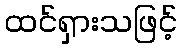
ထင်ရှားသဖြင့်